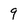
Character: 9